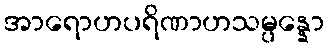
အာရောဟပရိဏာဟသမ္ပန္နော